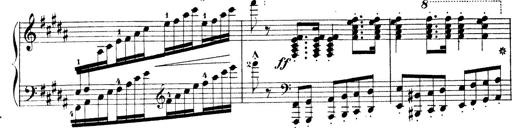
Title: Wagner-Liszt Album
Composer: Franz Liszt